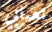
تصابي